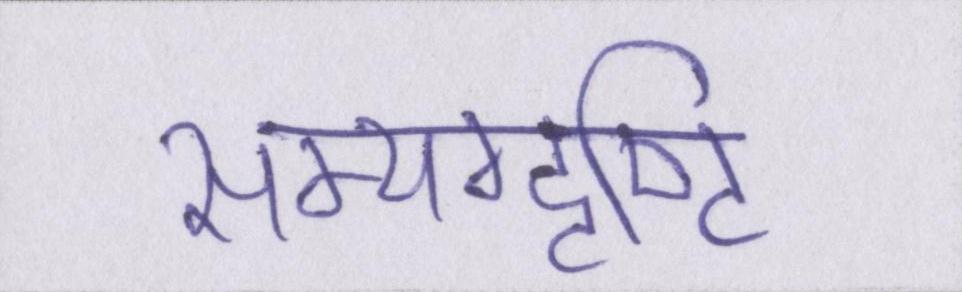
सम्यग्दृष्टि